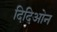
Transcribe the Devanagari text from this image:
दिदिओन